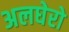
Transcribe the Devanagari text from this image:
अलघेरो